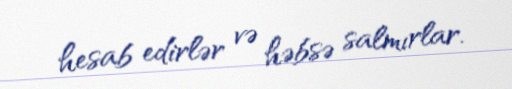
hesab edirlər və həbsə salmırlar.